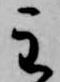
主